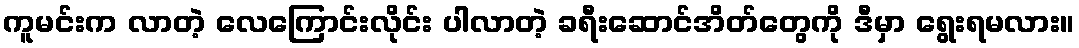
ကူမင်းက လာတဲ့ လေကြောင်းလိုင်း ပါလာတဲ့ ခရီးဆောင်အိတ်တွေကို ဒီမှာ ရွေးရမလား။